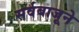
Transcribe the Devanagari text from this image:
सर्वबाजूने